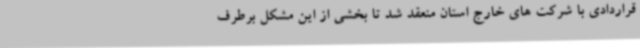
قراردادی با شرکت های خارج استان منعقد شد تا بخشی از این مشکل برطرف